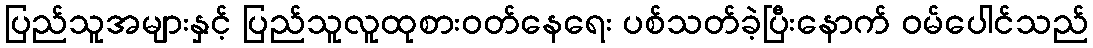
ပြည်သူအများနှင့် ပြည်သူလူထုစားဝတ်နေရေး ပစ်သတ်ခဲ့ပြီးနောက် ဝမ်ပေါင်သည်